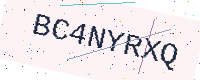
Text: BC4NYRXQ